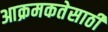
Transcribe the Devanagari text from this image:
आक्रमकतेसाठी